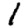
Digit: 1